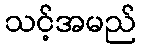
သင့်အမည်